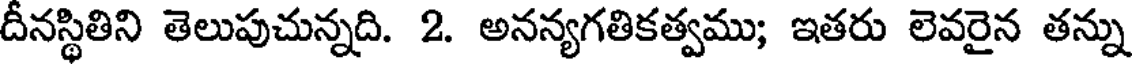
దీనస్థితిని తెలుపుచున్నది. 2. అనన్యగతికత్వము; ఇతరు లెవరైన తన్ను